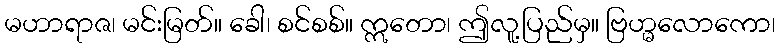
မဟာရာဇ၊ မင်းမြတ်။ ခေါ၊ စင်စစ်။ ဣတော၊ ဤလူ့ပြည်မှ။ ဗြဟ္မလောကော၊